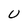
Character: U